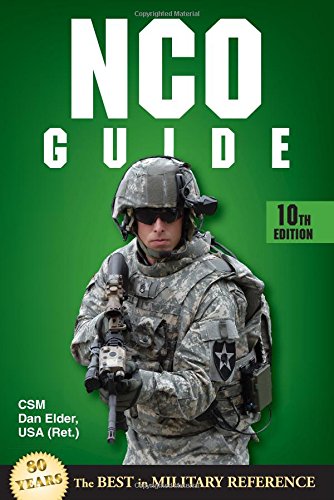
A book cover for NCO Guide: 10th Edition; Dan Elder; History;